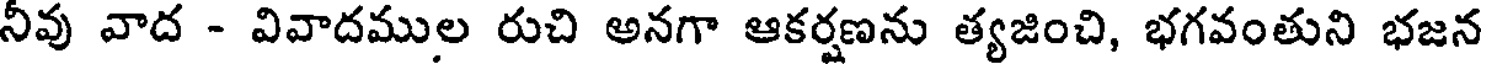
నీవు వాద - వివాదముల రుచి అనగా ఆకర్షణను త్యజించి, భగవంతుని భజన